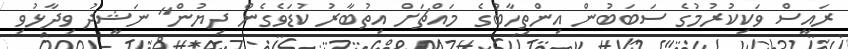
ރައީސް ވަކިކުރުމުގެ ސަބަބުން އިންތިހާބުގެ މައްޗަށް އިތުބާރު ކުޑަވެގެން ދިޔުން" ނަޝީދު ވިދާޅުވި